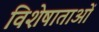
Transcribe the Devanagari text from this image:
विशेषाताओं